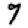
Digit: 9